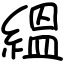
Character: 縕